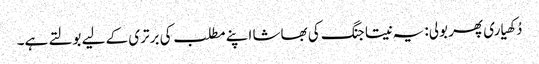
دُکھیاری پھر بولی: یہ نیتا جنگ کی بھاشا اپنے مطلب کی برتری کے لیے بولتے ہے۔